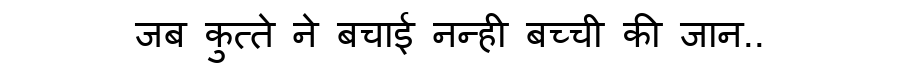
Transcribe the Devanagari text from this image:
जब कुत्ते ने बचाई नन्ही बच्ची की जान..